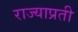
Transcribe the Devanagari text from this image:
राज्याप्रती